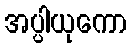
အပ္ပါယုကော